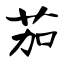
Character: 茄